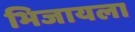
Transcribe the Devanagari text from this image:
भिजायला